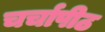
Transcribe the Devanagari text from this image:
चर्चापीठ